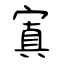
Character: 寘